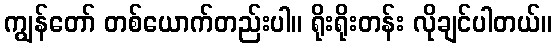
ကျွန်တော် တစ်ယောက်တည်းပါ။ ရိုးရိုးတန်း လိုချင်ပါတယ်။